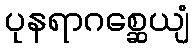
ပုနရာဂစ္ဆေယျံ